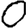
Digit: 0